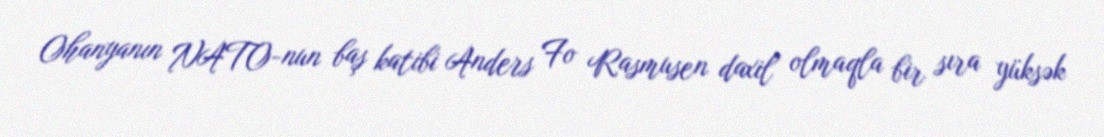
Ohanyanın NATO-nun baş katibi Anders Fo Rasmusen daxil olmaqla bir sıra yüksək